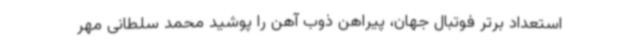
استعداد برتر فوتبال جهان، پیراهن ذوب آهن را پوشید محمد سلطانی مهر